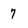
Character: 7